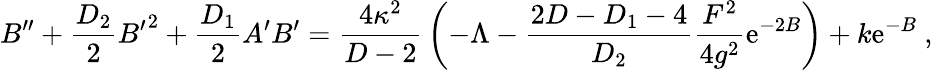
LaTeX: B^{\prime\prime}+{\frac{D_{2}}{2}}{B^{\prime}}^{2}+{\frac{D_{1}}{2}}A^{\prime}B^{\prime}={\frac{4\kappa^{2}}{D-2}}\left(-\Lambda-{\frac{2D-D_{1}-4}{D_{2}}}{\frac{F^{2}}{4g^{2}}}\mathrm{e}^{-2B}\right)+k\mathrm{e}^{-B}~,